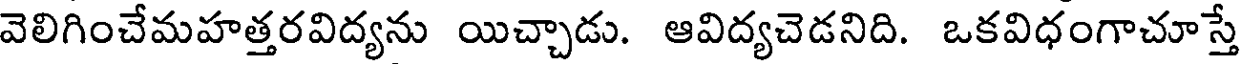
వెలిగించేమహత్తరవిద్యను యిచ్చాడు. ఆవిద్యచెడనిది. ఒకవిధంగాచూస్తే